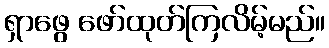
ရှာဖွေ ဖော်ထုတ်ကြလိမ့်မည်။